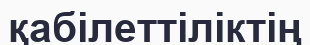
қабілеттіліктің